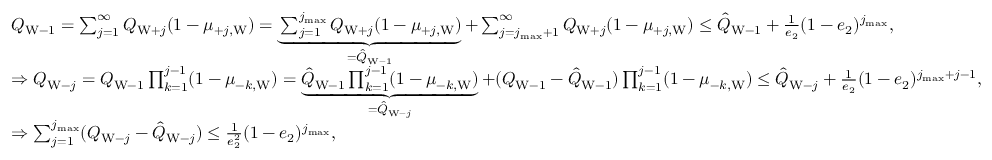
\begin{array} { r l } & { Q _ { \mathrm { W } - 1 } = \sum _ { j = 1 } ^ { \infty } Q _ { \mathrm { W } + j } ( 1 - \mu _ { + j , \mathrm { W } } ) = \underbrace { \sum _ { j = 1 } ^ { j _ { \operatorname* { m a x } } } Q _ { \mathrm { W } + j } ( 1 - \mu _ { + j , \mathrm { W } } ) } _ { = \hat { Q } _ { \mathrm { W } - 1 } } + \sum _ { j = j _ { \operatorname* { m a x } } + 1 } ^ { \infty } Q _ { \mathrm { W } + j } ( 1 - \mu _ { + j , \mathrm { W } } ) \le \hat { Q } _ { \mathrm { W } - 1 } + \frac { 1 } { e _ { 2 } } ( 1 - e _ { 2 } ) ^ { j _ { \operatorname* { m a x } } } , } \\ & { \Rightarrow Q _ { \mathrm { W } - j } = Q _ { \mathrm { W } - 1 } \prod _ { k = 1 } ^ { j - 1 } ( 1 - \mu _ { - k , \mathrm { W } } ) = \underbrace { \hat { Q } _ { \mathrm { W } - 1 } \prod _ { k = 1 } ^ { j - 1 } ( 1 - \mu _ { - k , \mathrm { W } } ) } _ { = \hat { Q } _ { \mathrm { W } - j } } + ( Q _ { \mathrm { W } - 1 } - \hat { Q } _ { \mathrm { W } - 1 } ) \prod _ { k = 1 } ^ { j - 1 } ( 1 - \mu _ { - k , \mathrm { W } } ) \le \hat { Q } _ { \mathrm { W } - j } + \frac { 1 } { e _ { 2 } } ( 1 - e _ { 2 } ) ^ { j _ { \operatorname* { m a x } } + j - 1 } , } \\ & { \Rightarrow \sum _ { j = 1 } ^ { j _ { \operatorname* { m a x } } } ( Q _ { \mathrm { W } - j } - \hat { Q } _ { \mathrm { W } - j } ) \le \frac { 1 } { e _ { 2 } ^ { 2 } } ( 1 - e _ { 2 } ) ^ { j _ { \operatorname* { m a x } } } , } \end{array}